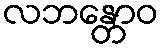
လဘန္တောဝ